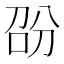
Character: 𭇱